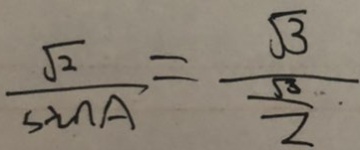
\frac { \sqrt { 3 } } { \sin A } = \frac { \sqrt { 3 } } { \frac { \sqrt { 3 } } { 2 } . }